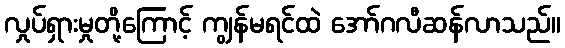
လှုပ်ရှားမှုတို့ကြောင့် ကျွန်မရင်ထဲ အော်ဂလီဆန်လာသည်။